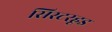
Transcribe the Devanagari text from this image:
सिस्टरहूड